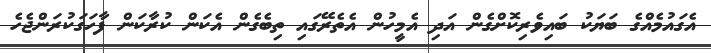
އެގައުމެއްގެ ބަޔަކު ބައިވެރިކޮށްގެން އަދި އެމީހުން އެތެރޭގައި ތިބެގެން އެކަން ކުރާކަން ފާހަގަކުރަންޖެހެ